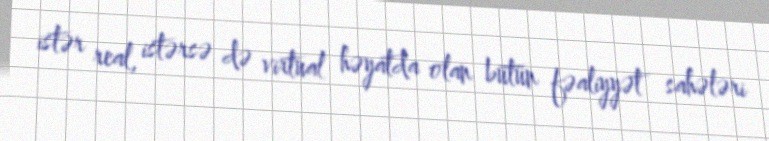
istər real, istərsə də virtual həyatda olan bütün fəaliyyət sahələri